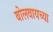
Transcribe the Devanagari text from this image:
बोलवायच्या